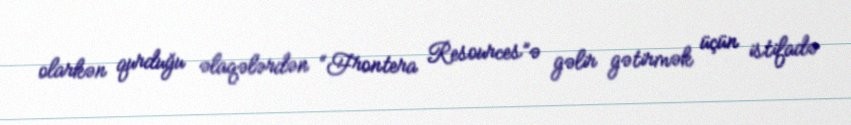
olarkən qurduğu əlaqələrdən “Frontera Resources”ə gəlir gətirmək üçün istifadə